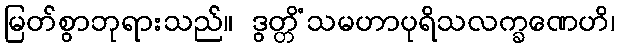
မြတ်စွာဘုရားသည်။ ဒွတ္တိံသမဟာပုရိသလက္ခဏေဟိ၊